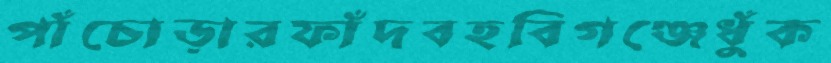
পাঁচোড়ারফাঁদবহবিগঞ্জেধুঁক